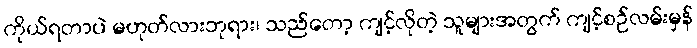
ကိုယ်ရတာပဲ မဟုတ်လားဘုရား၊ သည်တော့ ကျင့်လိုတဲ့ သူများအတွက် ကျင့်စဉ်လမ်းမှန်